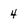
Character: 4